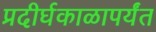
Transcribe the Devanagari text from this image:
प्रदीर्घकाळापर्यंत